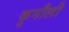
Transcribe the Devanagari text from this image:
कुनौली